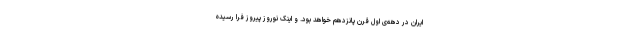
ایران در دهه‌ی اول قرن پانزدهم خواهد بود. و اینک نوروز پیروز فرا رسیده